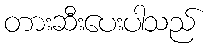
တားဆီးပေးပါသည်